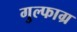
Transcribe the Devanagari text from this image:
गुल्फाग्र